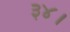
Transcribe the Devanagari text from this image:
३४।